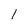
Character: 1